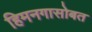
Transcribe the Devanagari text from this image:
हिमनगासोबत